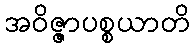
အဝိဇ္ဇာပစ္စယာတိ